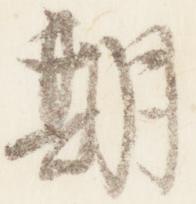
期